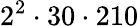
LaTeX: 2^{2}\cdot 30\cdot 210